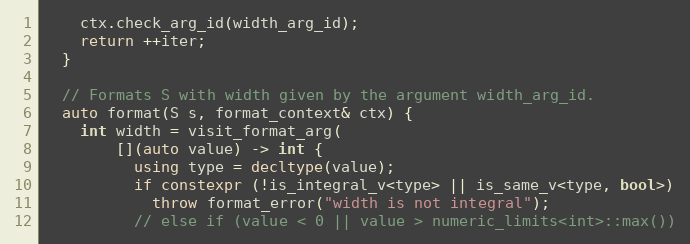
Language: C++
    ctx.check_arg_id(width_arg_id);
    return ++iter;
  }

  // Formats S with width given by the argument width_arg_id.
  auto format(S s, format_context& ctx) {
    int width = visit_format_arg(
        [](auto value) -> int {
          using type = decltype(value);
          if constexpr (!is_integral_v<type> || is_same_v<type, bool>)
            throw format_error("width is not integral");
          // else if (value < 0 || value > numeric_limits<int>::max())